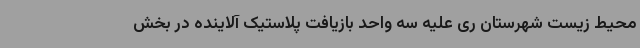
محیط زیست شهرستان ری علیه سه واحد بازیافت پلاستیک آلاینده در بخش